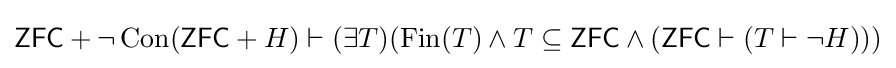
{\mathsf {ZFC}}+\lnot \operatorname {Con} ({\mathsf {ZFC}}+H)\vdash (\exists T)(\operatorname {Fin} (T)\land T\subseteq {\mathsf {ZFC}}\land ({\mathsf {ZFC}}\vdash (T\vdash \lnot H)))